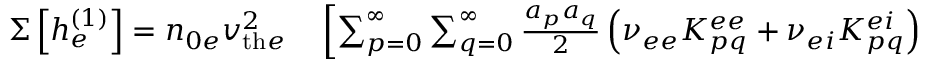
\begin{array} { r l } { \Sigma \left[ h _ { e } ^ { ( 1 ) } \right] = n _ { 0 e } v _ { \mathrm { t h } e } ^ { 2 } } & { { } \left[ \sum _ { p = 0 } ^ { \infty } \sum _ { q = 0 } ^ { \infty } \frac { a _ { p } a _ { q } } { 2 } \left( \nu _ { e e } K _ { p q } ^ { e e } + \nu _ { e i } K _ { p q } ^ { e i } \right) \right. } \end{array}